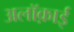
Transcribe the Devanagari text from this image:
अलॉक़ाई